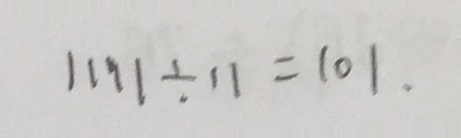
1 1 1 1 \div 1 1 = 1 0 1 .